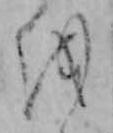
を